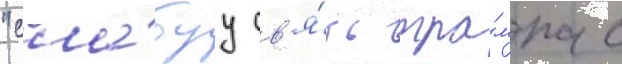
"сла́буу св'я́зь тра́мпа с